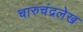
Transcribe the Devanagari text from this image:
चारुचंद्रलेख